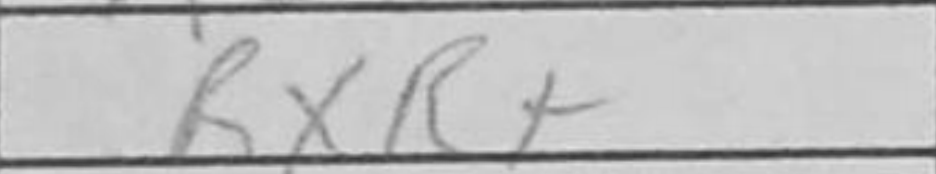
Transcription: RxR+